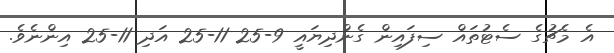
އެ މެޗުގެ ސެޓުތައް ސިފައިން ގެންދިޔައީ 9-25 11-25 އަދި 11-25 އިންނެވެ.